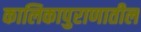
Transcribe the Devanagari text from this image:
कालिकापुराणातील